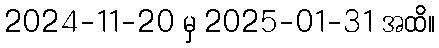
2024-11-20 မှ 2025-01-31 အထိ။